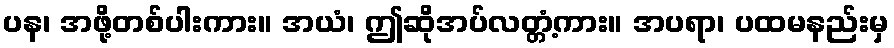
ပန၊ အဖို့တစ်ပါးကား။ အယံ၊ ဤဆိုအပ်လတ္တံ့ကား။ အပရာ၊ ပထမနည်းမှ